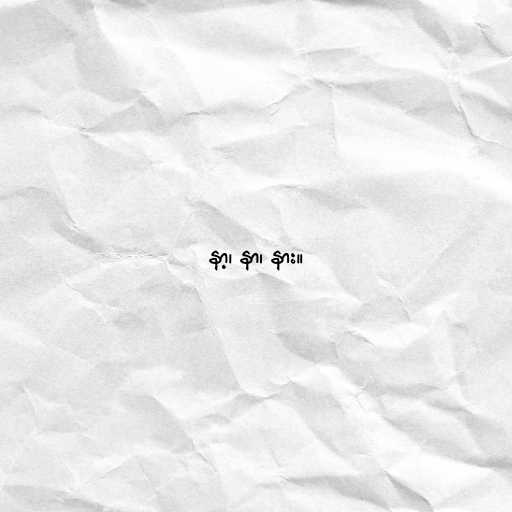
နာ့၊ နာ၊ နား။